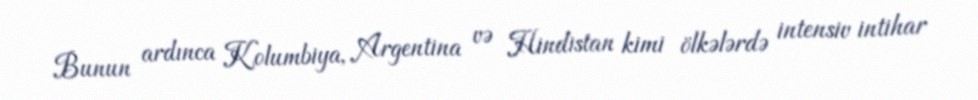
Bunun ardınca Kolumbiya, Argentina və Hindistan kimi ölkələrdə intensiv intihar